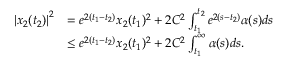
\begin{array} { r l } { \left| x _ { 2 } ( t _ { 2 } ) \right| ^ { 2 } } & { = e ^ { 2 ( t _ { 1 } - t _ { 2 } ) } x _ { 2 } ( t _ { 1 } ) ^ { 2 } + 2 C ^ { 2 } \int _ { t _ { 1 } } ^ { t _ { 2 } } e ^ { 2 ( s - t _ { 2 } ) } \alpha ( s ) d s } \\ & { \leq e ^ { 2 ( t _ { 1 } - t _ { 2 } ) } x _ { 2 } ( t _ { 1 } ) ^ { 2 } + 2 C ^ { 2 } \int _ { t _ { 1 } } ^ { \infty } \alpha ( s ) d s . } \end{array}